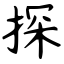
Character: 探